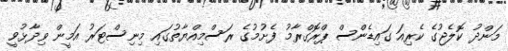
މަންދު ކޮލެޖުގެ ކެރިއަ ގައިޑެންސް ޕްރޮގްރާމު ފެށުމުގެ ރަސްމިއްޔާތުގައި މިނިސްޓަރު އަމީން ވިދާޅުވީ